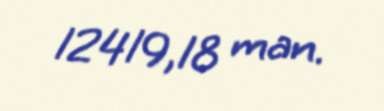
12419,18 man.